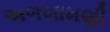
અળખામણી